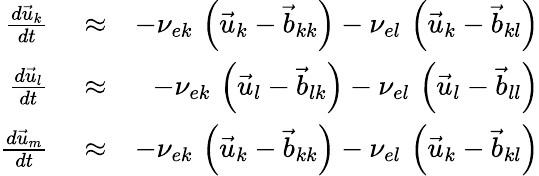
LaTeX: \begin{array}{rlr}{\frac{d\vec{u}_{k}}{dt}}&{{}\approx}&{-\nu_{ek}\, \left(\vec{u}_{k}-\vec{b}_{kk}\right)-\nu_{el}\, \left(\vec{u}_{k}-\vec{b}_{kl}\right)}\\ {\frac{d\vec{u}_{l}}{dt}}&{{}\approx}&{-\nu_{ek}\, \left(\vec{u}_{l}-\vec{b}_{lk}\right)-\nu_{el}\, \left(\vec{u}_{l}-\vec{b}_{ll}\right)}\\ {\frac{d\vec{u}_{m}}{dt}}&{{}\approx}&{-\nu_{ek}\, \left(\vec{u}_{k}-\vec{b}_{kk}\right)-\nu_{el}\, \left(\vec{u}_{k}-\vec{b}_{kl}\right)}\end{array}